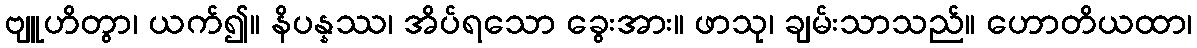
ဗျူဟိတွာ၊ ယက်၍။ နိပန္နဿ၊ အိပ်ရသော ခွေးအား။ ဖာသု၊ ချမ်းသာသည်။ ဟောတိယထာ၊